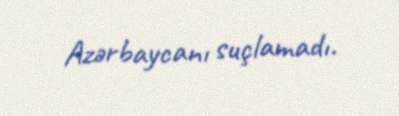
Azərbaycanı suçlamadı.